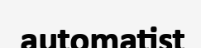
automatist